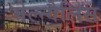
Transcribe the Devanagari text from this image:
मेल्न्गैलिस